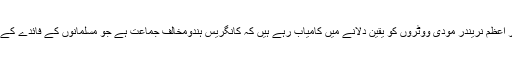
بی جے پی اوروزیر اعظم نریندر مودی ووٹروں کو یقین دلانے میں کامیاب رہے ہیں کہ کانگریس ہندومخالف جماعت ہے جو مسلمانوں کے فائدے کے لئے کام کرتی ہے۔